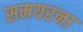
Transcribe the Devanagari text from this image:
समयरना